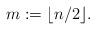
LaTeX: \begin{align*} m := \lfloor n/2 \rfloor.\end{align*}